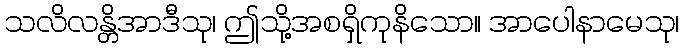
သလိလန္တိအာဒီသု၊ ဤသို့အစရှိကုနိသော။ အာပေါနာမေသု၊